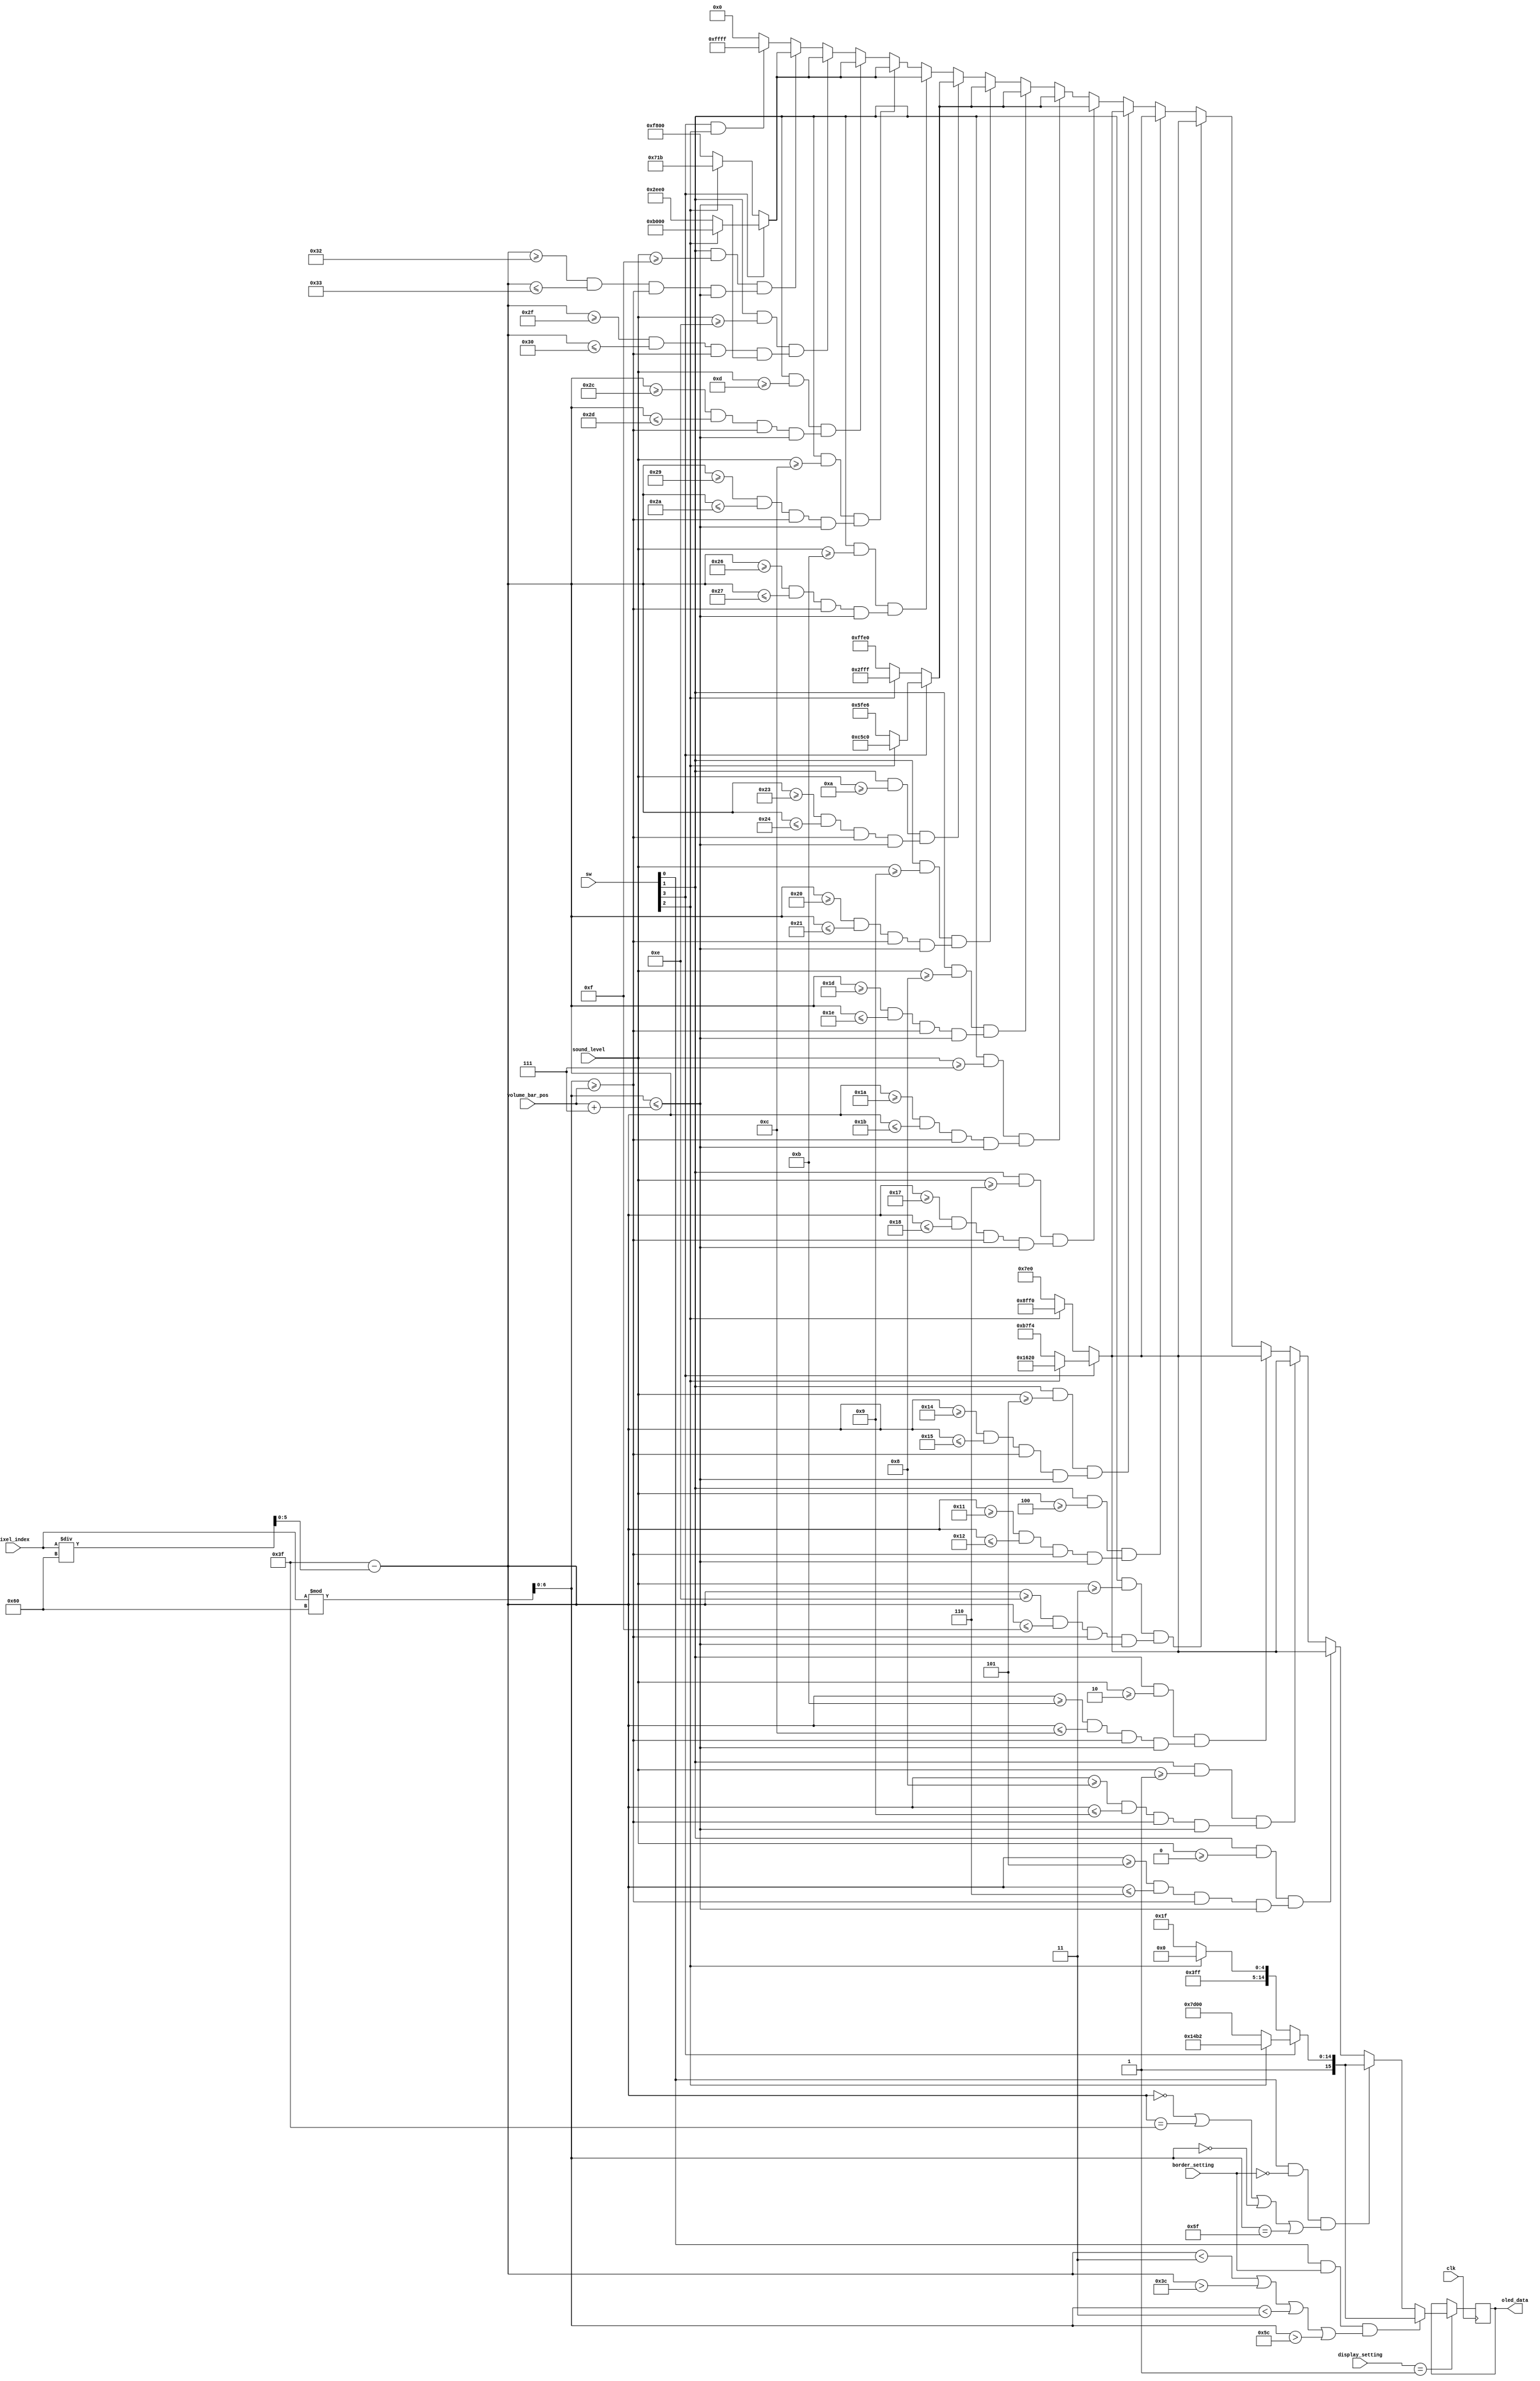
`timescale 1ns / 1ps
//////////////////////////////////////////////////////////////////////////////////
// Company: 
// Engineer: 
// 
// Design Name: 
// Module Name: volume_display
// Project Name: 
// Target Devices: 
// Tool Versions: 
// Description: 
// 
// Dependencies: 
// 
// Revision:
// Revision 0.01 - File Created
// Additional Comments:
// 
//////////////////////////////////////////////////////////////////////////////////


module volume_display(
    input clk,
    input [2:0] display_setting,
    input border_setting,
    input [3:0] sw,
    input [12:0] pixel_index,
    input [6:0] volume_bar_pos,
    input [3:0] sound_level,
    output reg [15:0] oled_data = 65535
    );
    
    reg [6:0] x_pos = 0;
    reg [5:0] y_pos = 0; 
    
    always @ (posedge clk) begin
        if (display_setting == 1) begin
        y_pos =  63 - pixel_index / 96;
        x_pos =  pixel_index % 96;
        
            if (sw[0] && border_setting && (y_pos < 3 || y_pos > 60 || x_pos < 3 || x_pos > 92)) begin
                oled_data = sw[3] ? sw[2] ? 38066 : 64768 : sw[2] ? 65504 : 65535;
            end 
            else if (sw[0] && !border_setting && (y_pos == 0 || y_pos == 63 || x_pos == 0 || x_pos == 95)) begin
                oled_data = sw[3] ? sw[2] ? 38066 : 64768 : sw[2] ? 65504 : 65535;
            end
            else if (sw[1] && sound_level >= 0 && (y_pos >= 5 && y_pos <= 6 && x_pos >= volume_bar_pos && x_pos <= volume_bar_pos + 7)) begin
                oled_data = sw[3] ? sw[2] ? 5664 : 47092 : sw[2] ? 36848 : 2016;
            end
            else if (sw[1] && sound_level >= 1 && (y_pos >= 8 && y_pos <= 9 && x_pos >= volume_bar_pos && x_pos <= volume_bar_pos + 7)) begin
                oled_data = sw[3] ? sw[2] ? 5664 : 47092 : sw[2] ? 36848 : 2016;
            end
            else if (sw[1] && sound_level >= 2 && (y_pos >= 11 && y_pos <= 12 && x_pos >= volume_bar_pos && x_pos <= volume_bar_pos + 7)) begin
                oled_data = sw[3] ? sw[2] ? 5664 : 47092 : sw[2] ? 36848 : 2016;
            end
            else if (sw[1] && sound_level >= 3 && (y_pos >= 14 && y_pos <= 15 && x_pos >= volume_bar_pos && x_pos <= volume_bar_pos + 7)) begin
                oled_data = sw[3] ? sw[2] ? 5664 : 47092 : sw[2] ? 36848 : 2016;
            end
            else if (sw[1] && sound_level >= 4 && (y_pos >= 17 && y_pos <= 18 && x_pos >= volume_bar_pos && x_pos <= volume_bar_pos + 7)) begin
                oled_data = sw[3] ? sw[2] ? 5664 : 47092 : sw[2] ? 36848 : 2016;
            end
            else if (sw[1] && sound_level >= 5 && (y_pos >= 20 && y_pos <= 21 && x_pos >= volume_bar_pos && x_pos <= volume_bar_pos + 7)) begin
                oled_data = sw[3] ? sw[2] ? 5664 : 47092 : sw[2] ? 36848 : 2016;
            end
            else if (sw[1] && sound_level >= 6 && (y_pos >= 23 && y_pos <= 24 && x_pos >= volume_bar_pos && x_pos <= volume_bar_pos + 7)) begin
                oled_data = sw[3] ? sw[2] ? 50624 : 24550 : sw[2] ? 12287 : 65504;
            end
            else if (sw[1] && sound_level >= 7 && (y_pos >= 26 && y_pos <= 27 && x_pos >= volume_bar_pos && x_pos <= volume_bar_pos + 7)) begin
                oled_data = sw[3] ? sw[2] ? 50624 : 24550 : sw[2] ? 12287 : 65504;
            end
            else if (sw[1] && sound_level >= 8 && (y_pos >= 29 && y_pos <= 30 && x_pos >= volume_bar_pos && x_pos <= volume_bar_pos + 7)) begin
                oled_data = sw[3] ? sw[2] ? 50624 : 24550 : sw[2] ? 12287 : 65504;
            end
            else if (sw[1] && sound_level >= 9 && (y_pos >= 32 && y_pos <= 33 && x_pos >= volume_bar_pos && x_pos <= volume_bar_pos + 7)) begin
                oled_data = sw[3] ? sw[2] ? 50624 : 24550 : sw[2] ? 12287 : 65504;
            end
            else if (sw[1] && sound_level >= 10 && (y_pos >= 35 && y_pos <= 36 && x_pos >= volume_bar_pos && x_pos <= volume_bar_pos + 7)) begin
                oled_data = sw[3] ? sw[2] ? 50624 : 24550 : sw[2] ? 12287 : 65504;
            end
            else if (sw[1] && sound_level >= 11 && (y_pos >= 38 && y_pos <= 39 && x_pos >= volume_bar_pos && x_pos <= volume_bar_pos + 7)) begin
                oled_data = sw[3] ? sw[2] ? 45056 : 12000 : sw[2] ? 1819 : 63488;
            end
            else if (sw[1] && sound_level >= 12 && (y_pos >= 41 && y_pos <= 42 && x_pos >= volume_bar_pos && x_pos <= volume_bar_pos + 7)) begin
                oled_data = sw[3] ? sw[2] ? 45056 : 12000 : sw[2] ? 1819 : 63488;
            end
            else if (sw[1] && sound_level >= 13 && (y_pos >= 44 && y_pos <= 45 && x_pos >= volume_bar_pos && x_pos <= volume_bar_pos + 7)) begin
                oled_data = sw[3] ? sw[2] ? 45056 : 12000 : sw[2] ? 1819 : 63488;
            end
            else if (sw[1] && sound_level >= 14 && (y_pos >= 47 && y_pos <= 48 && x_pos >= volume_bar_pos && x_pos <= volume_bar_pos + 7)) begin
                oled_data = sw[3] ? sw[2] ? 45056 : 12000 : sw[2] ? 1819 : 63488;
            end
            else if (sw[1] && sound_level >= 15 && (y_pos >= 50 && y_pos <= 51 && x_pos >= volume_bar_pos && x_pos <= volume_bar_pos + 7)) begin
                oled_data = sw[3] ? sw[2] ? 45056 : 12000 : sw[2] ? 1819 : 63488;
            end
            else begin
                oled_data = sw[3] && sw[2] ? 65535 : 0;
            end
        
        end
        
    end
    
endmodule